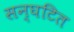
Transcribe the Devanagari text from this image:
सन्घटित